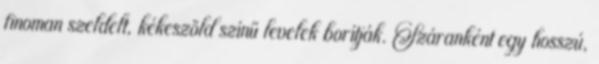
finoman szeldelt, kékeszöld színű levelek borítják. Száranként egy hosszú,